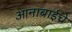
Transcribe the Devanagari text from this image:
आनाबाईचे